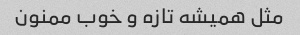
مثل همیشه تازه و خوب ممنون